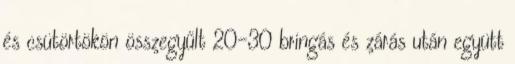
és csütörtökön összegyűlt 20-30 bringás és zárás után együtt